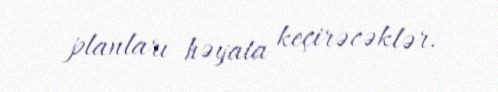
planları həyata keçirəcəklər.